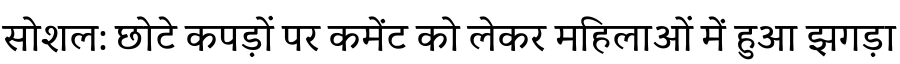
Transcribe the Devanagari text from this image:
सोशल: छोटे कपड़ों पर कमेंट को लेकर महिलाओं में हुआ झगड़ा